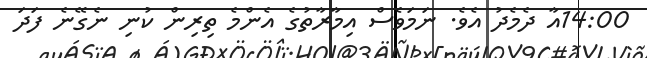
14:00އާ ދެމެދު އެވެ. ނަމަވެސް އިމާރާތުގެ އެންމެ ތިރިން ކުނި ނެގޭނެ ފަދަ